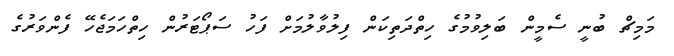
މަމިޗް ބުނީ ސެމީން ބަލިވުމުގެ ހިތްދަތިކަން ފިލުވާލުމަށް ފަހު ސަޕޯޓަރުން ހިތްހަމަޖެހޭ ފެންވަރުގެ